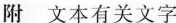
附 文本有关文字